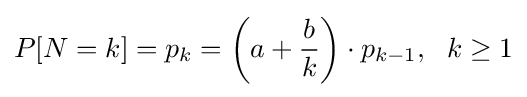
P[N=k]=p_{k}=\left(a+{\frac {b}{k}}\right)\cdot p_{k-1},~~k\geq 1